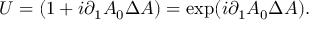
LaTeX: U = ( 1 + i \partial _ { 1 } A _ { 0 } \Delta A ) = \exp ( i \partial _ { 1 } A _ { 0 } \Delta A ) .